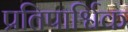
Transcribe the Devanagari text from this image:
प्रतिपार्श्विक